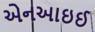
એનઆઇઈ